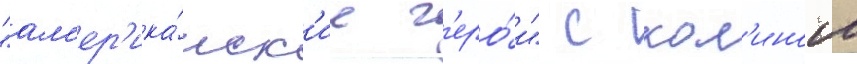
"ам'ер'ика́нск'ие г'еро́и" с кол'ином